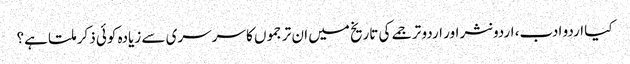
کیا اردو ادب، اردو نثر اور اردو ترجمے کی تاریخ میں ان ترجموں کا سرسری سے زیادہ کوئی ذکر ملتا ہے؟